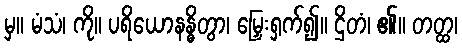
မှ။ မံသံ၊ ကို။ ပရိယောနန္ဓိတွာ၊ မြှေးရှက်၍။ ဌိတံ၊ ၏။ တတ္ထ၊